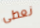
نعطى